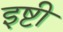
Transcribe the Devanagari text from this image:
इष्टी